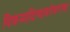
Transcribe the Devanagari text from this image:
विक्रमादित्याबरोबरच्या